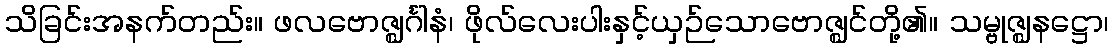
သိခြင်းအနက်တည်း။ ဖလဗောဇ္ဈင်္ဂါနံ၊ ဖိုလ်လေးပါးနှင့်ယှဉ်သောဗောဇ္ဈင်တို့၏။ သမ္ဗုဇ္ဈနဋ္ဌော၊